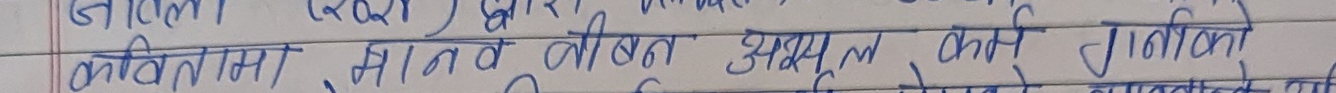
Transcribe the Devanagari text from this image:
कवितामा मानव जीवित अथुल कर्म गर्ने शक्तिमा